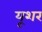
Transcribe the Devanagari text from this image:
यूशर